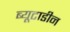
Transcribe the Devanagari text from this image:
ब्यूटाडीन